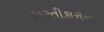
ભરતીકારોનો